Problem: 9 × 7 = ?
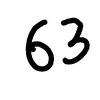
Handwritten answer: 63